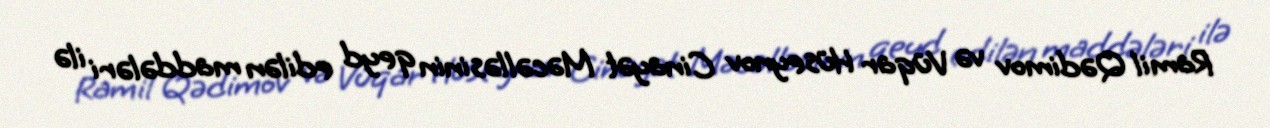
Ramil Qədimov və Vüqar Hüseynov Cinayət Məcəlləsinin qeyd edilən maddələri ilə